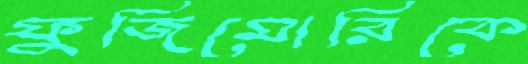
ফুজিমোরিকে